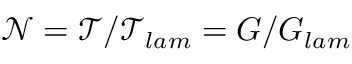
\mathcal { N } = \mathcal { T } / \mathcal { T } _ { l a m } = G / G _ { l a m }